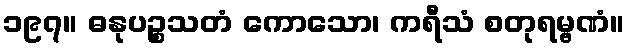
၁၉၇။ ဓနုပဉ္စသတံ ကောသော၊ ကရီသံ စတုရမ္ဗဏံ။